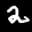
Label: 2